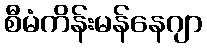
စီမံကိန်းမန်နေဂျာ